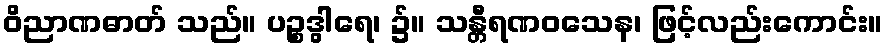
ဝိညာဏဓာတ် သည်။ ပဉ္စဒွါရေ၊ ၌။ သန္တီရဏဝသေန၊ ဖြင့်လည်းကောင်း။